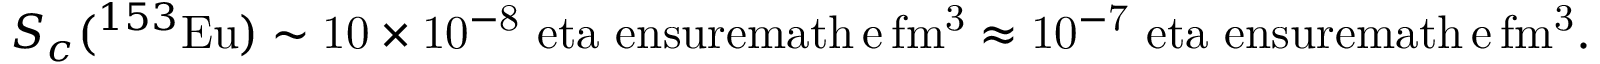
\begin{array} { r } { S _ { c } ( ^ { 1 5 3 } \mathrm { { E u } ) \sim 1 0 \times 1 0 ^ { - 8 } \ e t a \ e n s u r e m a t h { \, \mathrm { e \, f m ^ { 3 } } } \approx 1 0 ^ { - 7 } \ e t a \ e n s u r e m a t h { \, \mathrm { e \, f m ^ { 3 } } } . } } \end{array}